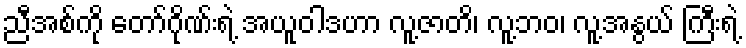
ညီအစ်ကို တော်ဂိုဏ်းရဲ့ အယူဝါဒဟာ လူ့ဇာတိ၊ လူ့ဘဝ၊ လူ့အနွယ် ကြီးရဲ့